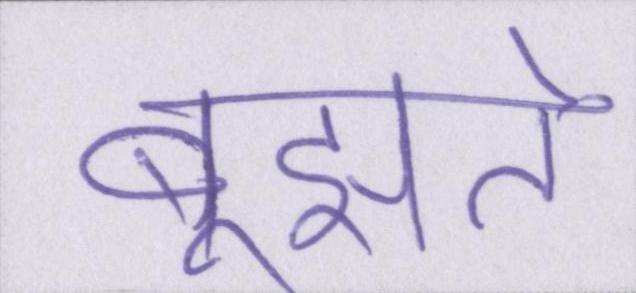
बूझते